Annual report of the Punjab Veterinary College and of the Civil Veterinary Department, Punjab - 1920-1925
Year: 1920
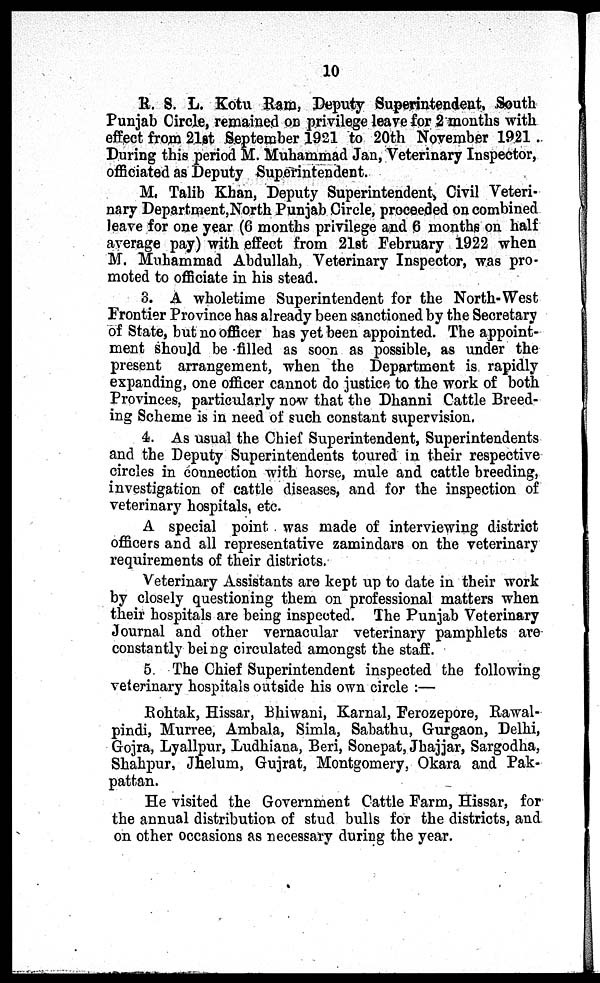
10
R. S. L. Kotu Ram, Deputy Superintendent, South
Punjab Circle, remained on privilege leave for 2 months with
effect from 21st September 1921 to 20th November 1921 .
During this period M. Muhammad Jan, Veterinary Inspector,
officiated as Deputy Superintendent.
M. Talib Khan, Deputy Superintendent, Civil Veteri-
nary Department,North Punjab Circle, proceeded on combined
leave for one year (6 months privilege and 6 months on half
average pay) with effect from 2lst February 1922 when
M. Muhammad Abdullah, Veterinary Inspector, was pro-
moted to officiate in his stead.
3. A wholetime Superintendent for the North-West
Frontier Province has already been sanctioned by the Secretary
of State, but no officer has yet been appointed. The appoint-
ment should be filled as soon as possible, as under the
present arrangement, when the Department is rapidly
expanding, one officer cannot do justice to the work of both
Provinces, particularly now that the Dhanni Cattle Breed-
ing Scheme is in need of such constant supervision.
4. As usual the Chief Superintendent, Superintendents
and the Deputy Superintendents toured in their respective
circles in connection with horse, mule and cattle breeding,
investigation of cattle diseases, and for the inspection of
veterinary hospitals, etc.
A special point was made of interviewing district
officers and all representative zamindars on the veterinary
requirements of their districts.
Veterinary Assistants are kept up to date in their work
by closely questioning them on professional matters when
their hospitals are being inspected. The Punjab Veterinary
Journal and other vernacular veterinary pamphlets are
constantly being circulated amongst the staff.
5. The Chief Superintendent inspected the following
veterinary hospitals outside his own circle:—
Rohtak, Hissar, Bhiwani, Karnal, Ferozepore, Rawal-
pindi, Murree, Ambala, Simla, Sabathu, Gurgaon, Delhi,
Gojra, Lyallpur, Ludhiana, Beri, Sonepat, Jhajjar, Sargodha,
Shahpur, Jhelum, Gujrat, Montgomery, Okara and Pak-
pattan.
He visited the Government Cattle Farm, Hissar, for
the annual distribution of stud bulls for the districts, and
on other occasions as necessary during the year.